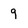
Character: 9